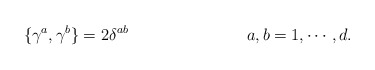
\begin{align*}\{\gamma^{a},\gamma^{b}\}=2\delta^{ab} \hspace{3cm} a,b=1, \cdots ,d.\end{align*}